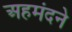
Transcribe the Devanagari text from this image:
अहमंदने